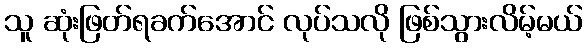
သူ ဆုံးဖြတ်ရခက်အောင် လုပ်သလို ဖြစ်သွားလိမ့်မယ်